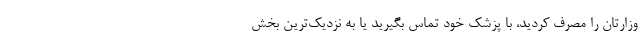
وزارتان را مصرف کردید، با پزشک خود تماس بگیرید یا به نزدیک‌ترین بخش